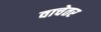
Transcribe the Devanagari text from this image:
वाचेतर